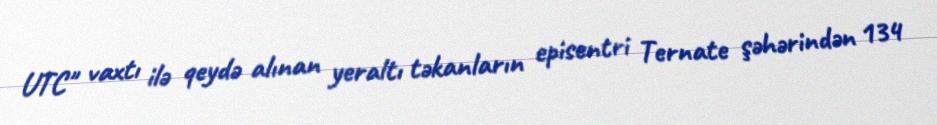
UTC" vaxtı ilə qeydə alınan yeraltı təkanların episentri Ternate şəhərindən 134